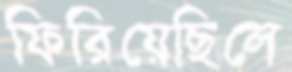
ফিরিয়েছিলে